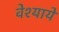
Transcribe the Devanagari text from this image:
वेश्यायें